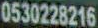
0530228216